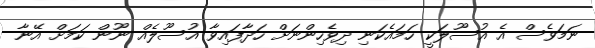
ނަމަވެސް އެ އުސޫލަކީ ހަމައެކަނި ދިވެހިންނަށް ހަދާފައިވާ އުސޫލެއް ނޫން ކަމަށް އޭނާ